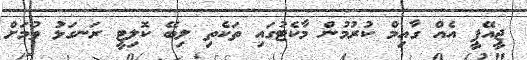
ޖީއޭޕީ އެއް ގާއިމް ކުރުމުން މާކެޓުގައި ތަކެތި ލިބޭ ކޮލިޓީ ރަނގަޅު ވުމަށް